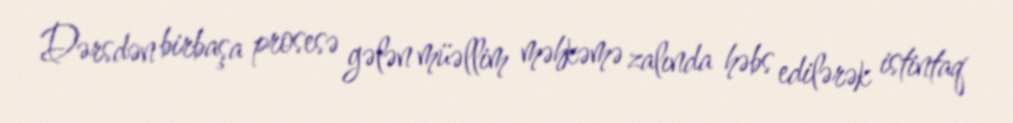
Dərsdən birbaşa prosesə gələn müəllim məhkəmə zalında həbs edilərək istintaq